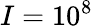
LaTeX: I=10^{8}